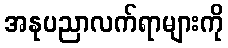
အနုပညာလက်ရာများကို